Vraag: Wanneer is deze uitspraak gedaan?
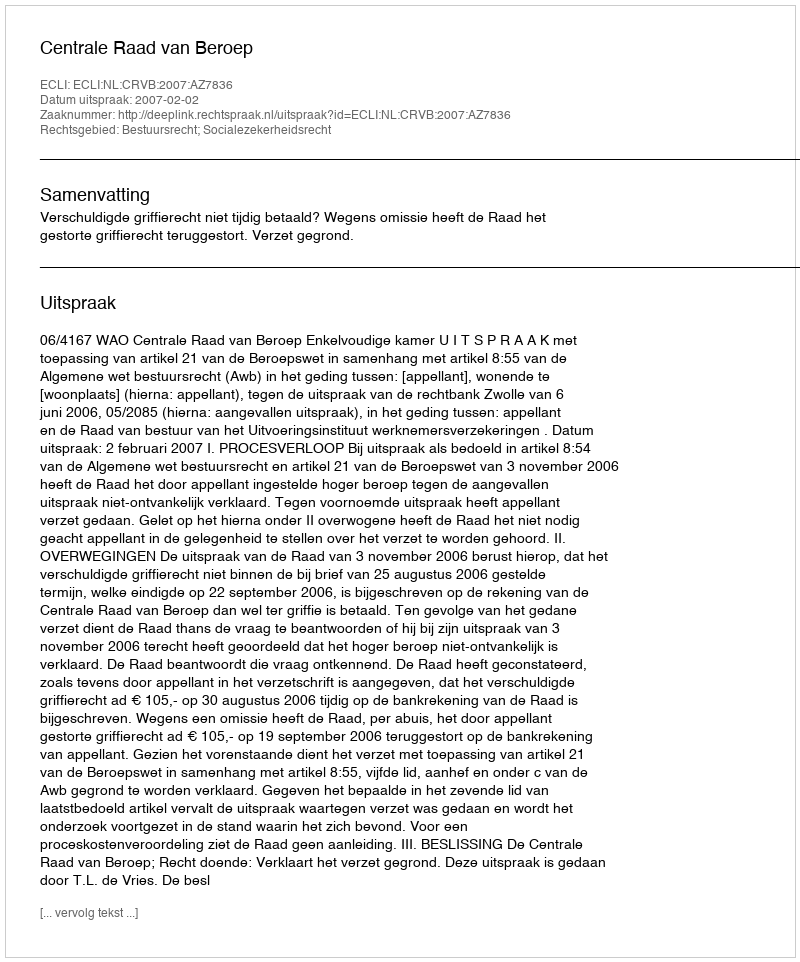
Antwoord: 2007-02-02